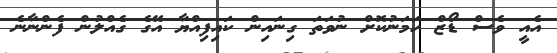
އެއީ ވެސް ޑޯޒް ހަމަނުކޮށް ނުވަތަ ގިނައިން ކައިފިއްޔާ އޭގެ ގެއްލުން ފެންނާނެ